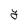
Character: Y